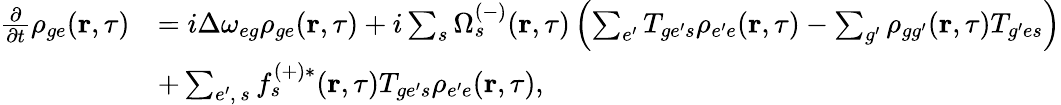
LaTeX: \begin{array}{rl}{\frac{\partial}{\partial t}\rho_{{ge}}(\textbf{r},\tau)}&{=i\Delta\omega_{{eg}}\rho_{{ge}}(\textbf{r},\tau)+i\sum_{s}\Omega_{s}^{(-)}(\textbf{r},\tau)\left(\sum_{e^{\prime}}T_{{ge^{\prime}}s}\rho_{{e^{\prime}e}}(\textbf{r},\tau)-\sum_{g^{\prime}}\rho_{{gg^{\prime}}}(\textbf{r},\tau)T_{{g^{\prime}e}s}\right)}\\ &{+\sum_{e^{\prime},\, s}f_{s}^{(+)*}(\textbf{r},\tau)T_{{ge^{\prime}}s}\rho_{{e^{\prime}e}}(\textbf{r},\tau),}\end{array}